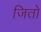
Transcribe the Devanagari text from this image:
जितो